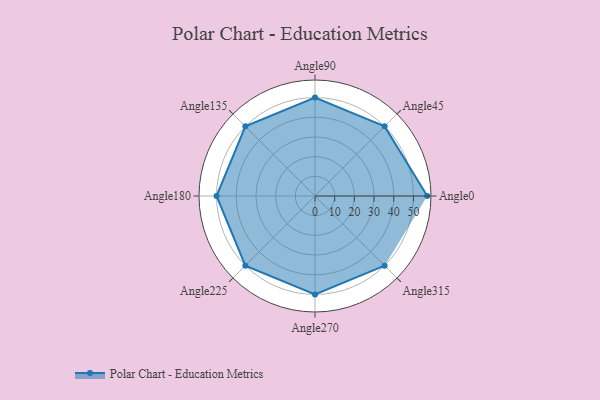
{"axis": {"x": "Angle", "y": "Radius"}, "legend": [""], "data": [{"x": "Angle0", "y": 57.0, "type": ""}, {"x": "Angle45", "y": 50.0, "type": ""}, {"x": "Angle90", "y": 50, "type": ""}, {"x": "Angle135", "y": 50, "type": ""}, {"x": "Angle180", "y": 50, "type": ""}, {"x": "Angle225", "y": 50, "type": ""}, {"x": "Angle270", "y": 50, "type": ""}, {"x": "Angle315", "y": 50, "type": ""}]}